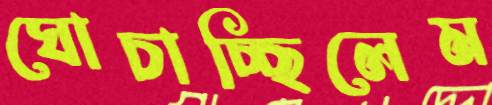
ঘোচাচ্ছিলেম